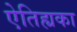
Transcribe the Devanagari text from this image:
ऐतिह्यका